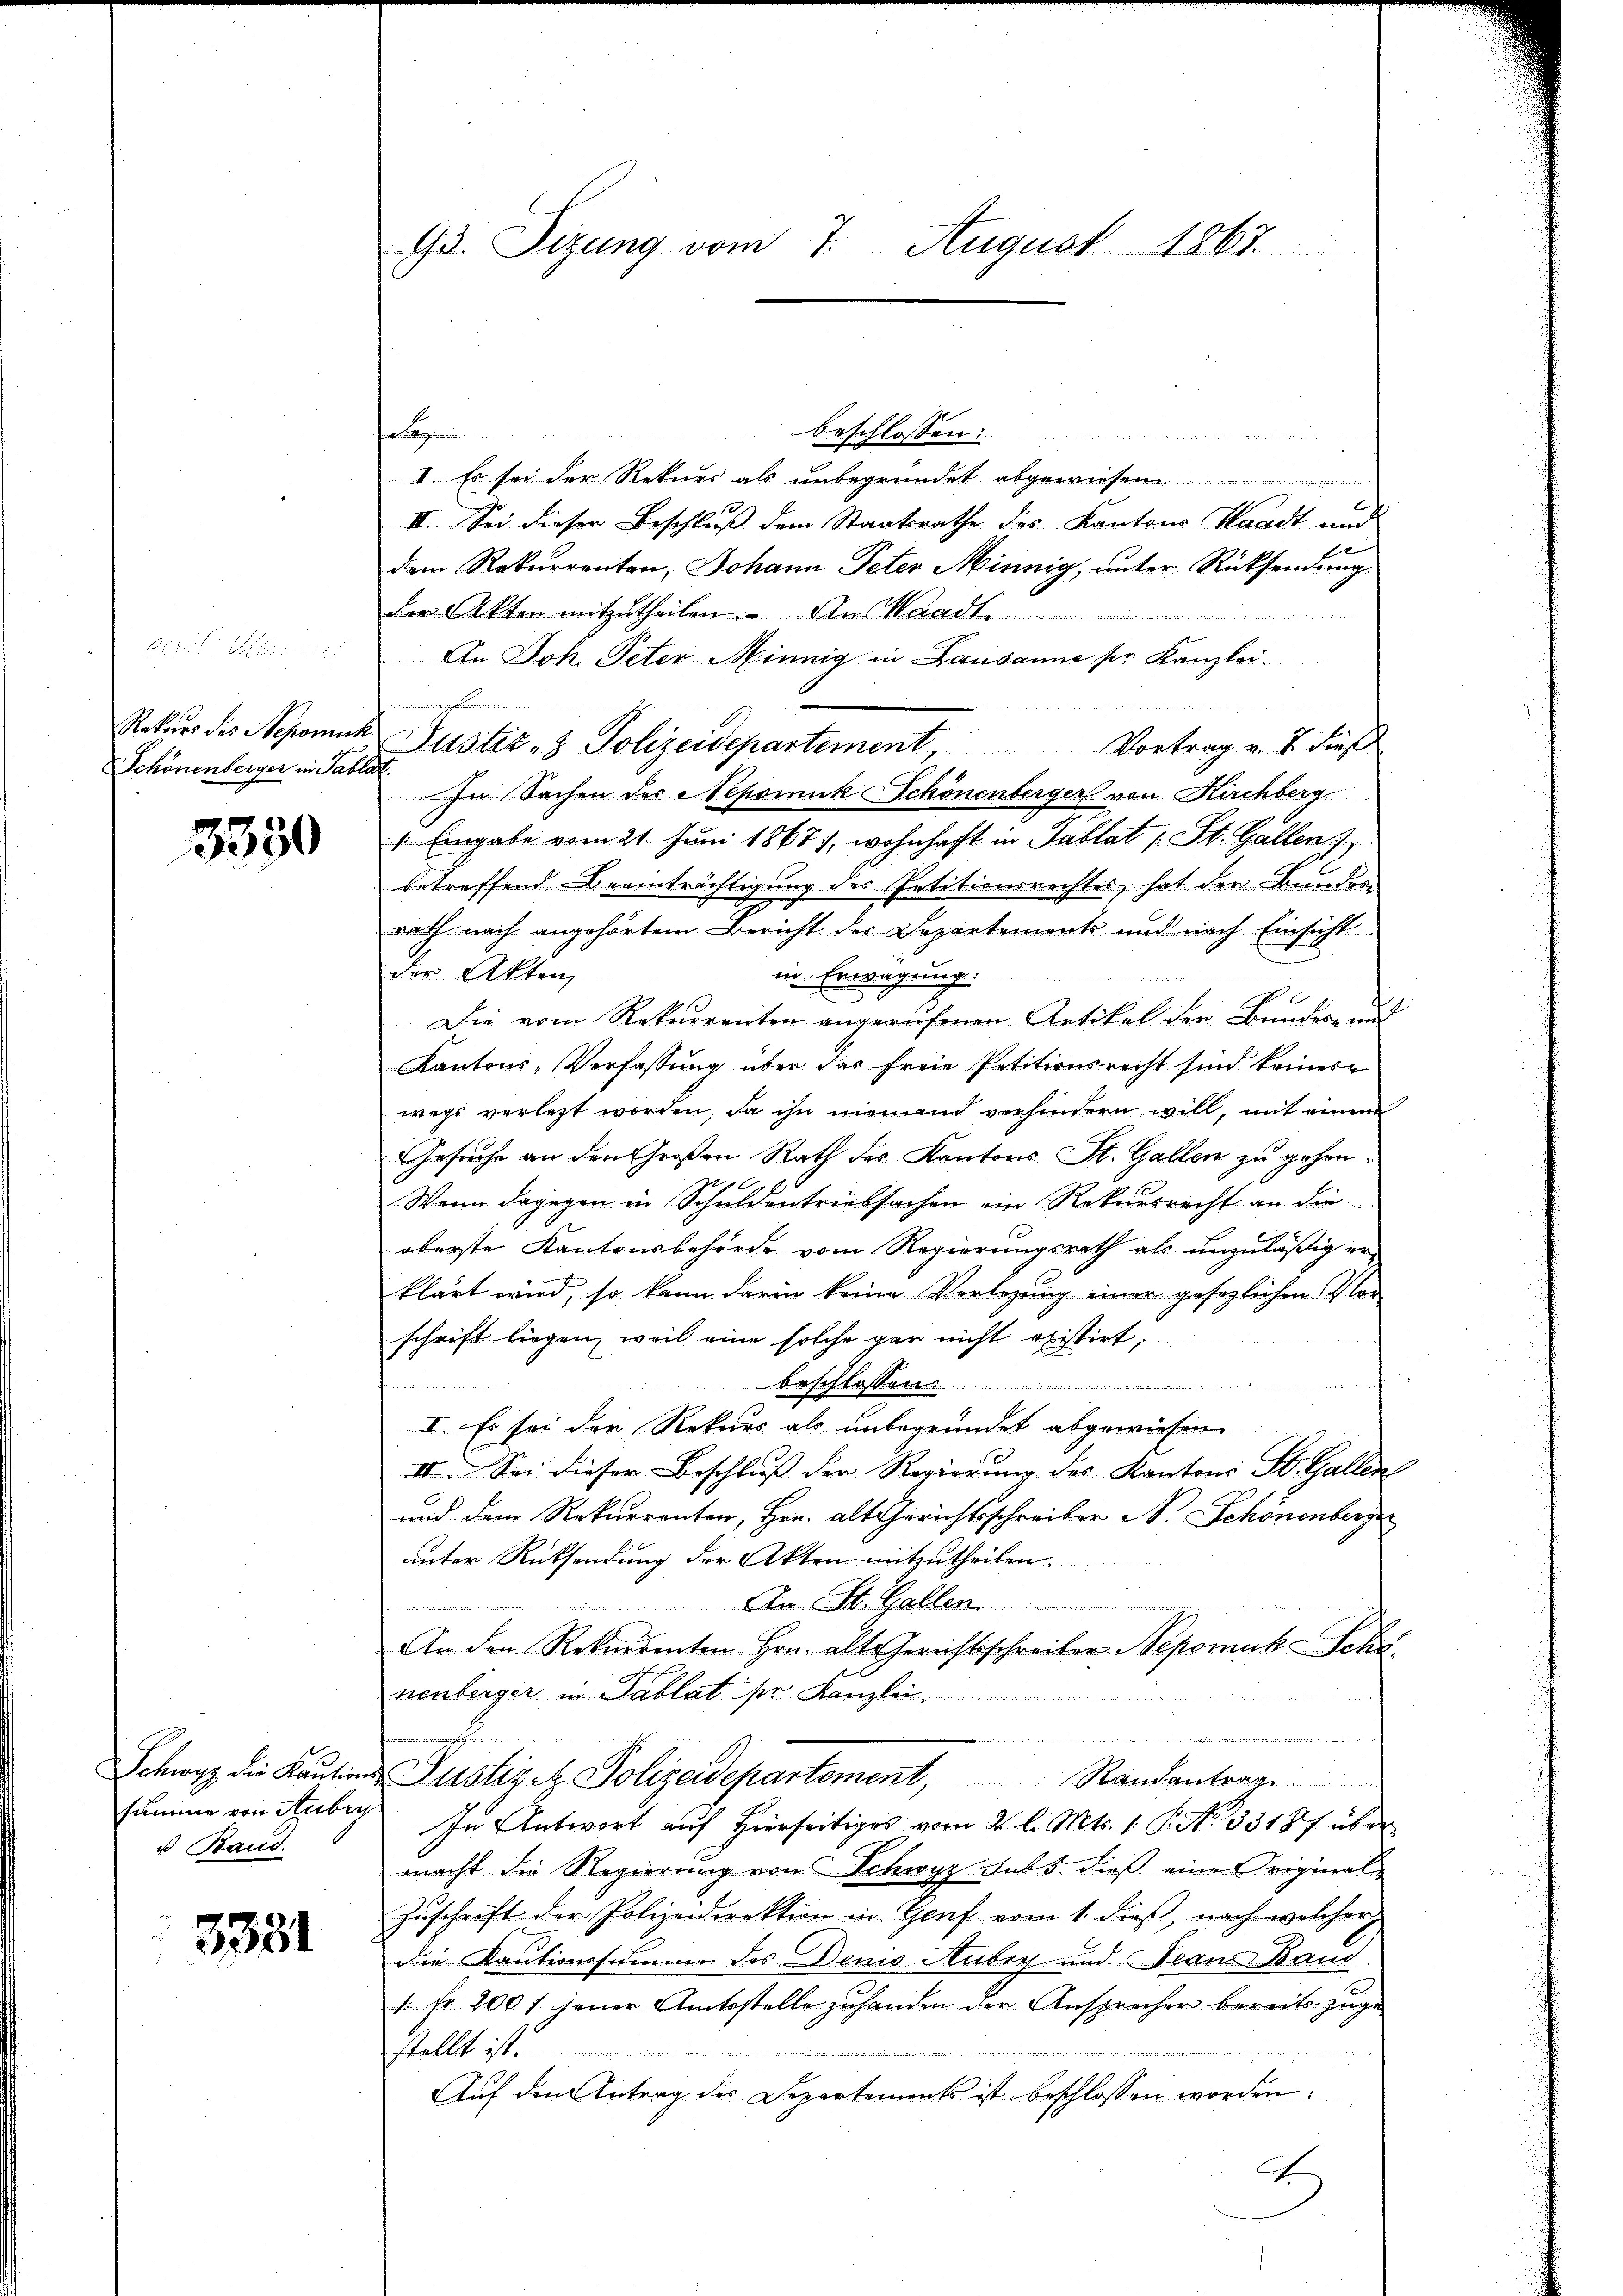
Schönenberger in Tablat

3330

u Band.

3331

beschlossen:
ologen

I. Es sei der Rekurs als unbegründet abgewiesen.
III. Sei dieser Beschluß dem Staatsrathe des Kantons Staadt und
dem Rekurrenten, Johann Peter Minnig, unter Rücksendung
der Akten mitzutheilen. An Waadt
dl An Joh. Peter Minnig in Lausanne sie Kanzlei.
Rekurs des Nepomuk Justiz- & Polizeidepartement, Vortrag v. 7 dies
In Sachen des Nepomuk Schönenberger von Kirchberg
1. Eingabe vom 21. Juni 1867), wohnhaft in Tablat St. Gallen 7,
betreffend Beeinträchtigung des Petitionsrechtes, hat der Bunder
rath nach angehörtem Bericht der Departements und nach Einsicht
der Akten
in Erwägung.
8
x
7
Die vom Rekurrenten angerufenen Artikel der Bundes- und
Kantons-Verfassung über das freie Petitionsrecht sind keinern
wegs verletzt worden, da ihn niemand verhindern will, mit einem
Gesuche an den Großen Rath des Kantons St. Gallen zu gehen.
Wenn dagegen in Schuldentriebsachen ein Rekursrecht an die
oberste Kantonsbehörde vom Regierungsrath als unzuläßig er-
klärt wird, so kann darin keine Verlegung einer gesezlichen Vorschrift liegen, weil eine solche gar nicht existirt.
beschlossen.
I. Es sei der Rekurs als unbegründet abgewiesen.
II. Sei dieser Beschluss der Regierung des Kantons St. Gallen
und dem Rekurrenten, Herr alt Gerichtsschreiber N. Schönenberg
unter Rücksendung der Akten mitzutheilen.
Aw. St. Gallen.

In der Rekurrenten Hrn. alt-Gerichtsschreiber Nepomuk-Schr
nenberger in Tablat Mr. Kanzlei.

n
.
Schwyz die Kaŭtions-Püstiget Polizeidepartement, Randanterg
summe von Aubry In Antwort aŭf hierseitiges vom 2. l. Mts. 1. P. No 3318f über
macht die Regierung vom Schwyz sub 5. dieß eine Original
Zuschrift der Polizeidirektion in Genf vom 1. dieß, nach welcher
die Kautionssumme des Denio Aubry und Jeans Band
1 Fr. 200 f jener Amtsstelle zuhanden der Ansprecher bereits zuge-
stellt ist.
Auf den Antrag des Departemonts ist beschlossen worden.
x

Gs. Tizung vom 7. August 1867

nehmen.